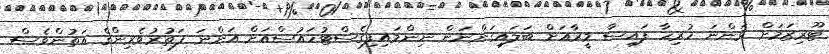
ޓޫރިޒަމަށް ވަންނަ ހުރިހާ ފައިސާ މީރާއަށް ބަލައިގަންނަން ނިންމައިފިގެސްޓުހައުސްއަށް އަންނަ ފަތުރުވެރިންގެ އަތުންވެސް